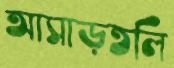
আসাড়তলি